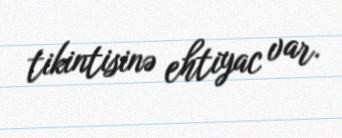
tikintisinə ehtiyac var.